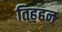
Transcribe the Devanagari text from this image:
तिहहन